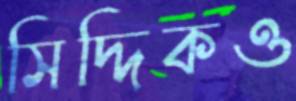
সিদ্দিকও